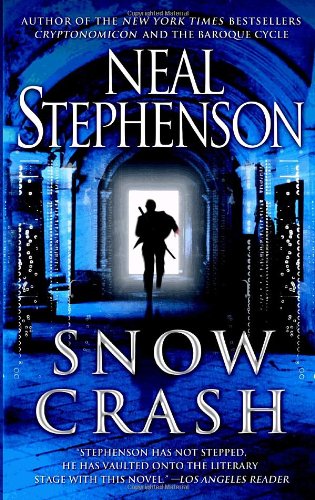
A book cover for Snow Crash; Neal Stephenson; Science Fiction & Fantasy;